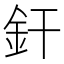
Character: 釬